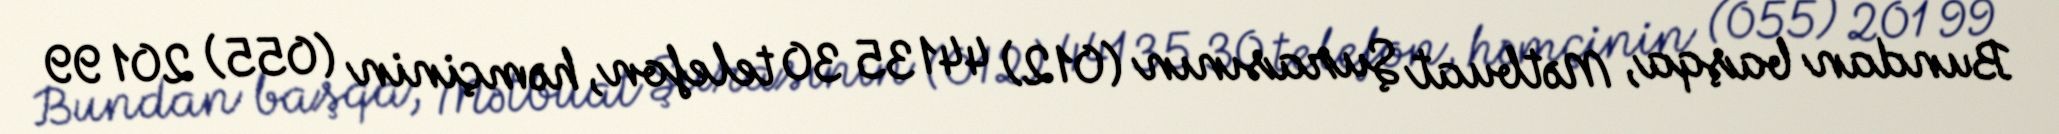
Bundan başqa, Mətbuat Şurasının (012) 441 35 30 telefon, həmçinin (055) 201 99